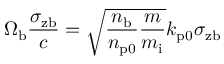
\Omega _ { \mathrm { b } } \frac { \sigma _ { \mathrm { z b } } } { c } = \sqrt { \frac { n _ { \mathrm { b } } } { n _ { \mathrm { p 0 } } } \frac { m } { m _ { \mathrm { i } } } } k _ { \mathrm { p 0 } } \sigma _ { \mathrm { z b } }